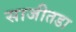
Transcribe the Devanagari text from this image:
साजीतडा